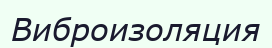
Виброизоляция